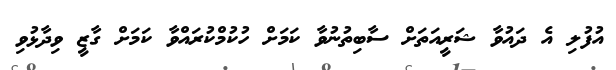
އުފުލި އެ ދައުވާ ޝަރީއަތަށް ސާބިތުނުވާ ކަމަށް ހުކުމްކުރައްވާ ކަމަށް ގާޒީ ވިދާޅުވި